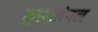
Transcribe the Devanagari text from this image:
कुरुजांगल